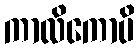
ကာလိကောပိ